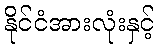
နိုင်ငံအားလုံးနှင့်